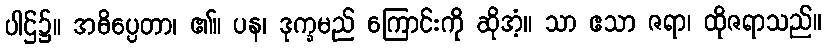
ပါဌ်၌။ အဓိပ္ပေတာ၊ ၏။ ပန၊ ဒုက္ခမည် ကြောင်းကို ဆိုအံ့။ သာ ဧသာ ဇရာ၊ ထိုဇရာသည်။